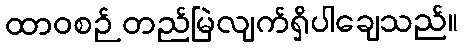
ထာဝစဉ် တည်မြဲလျက်ရှိပါချေသည်။